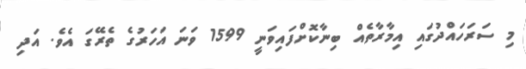
މި ސަރަހައްދުގައި އިމާރާތެއް ބިނާކޮށްފައިވަނީ 1599 ވަނަ އަހަރުގެ ތެރޭގަ އެވެ. އަދި